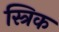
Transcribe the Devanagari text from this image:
स्त्रिक